Annual vaccination report of Bihar and Orissa - 1911-1928
Year: 1911
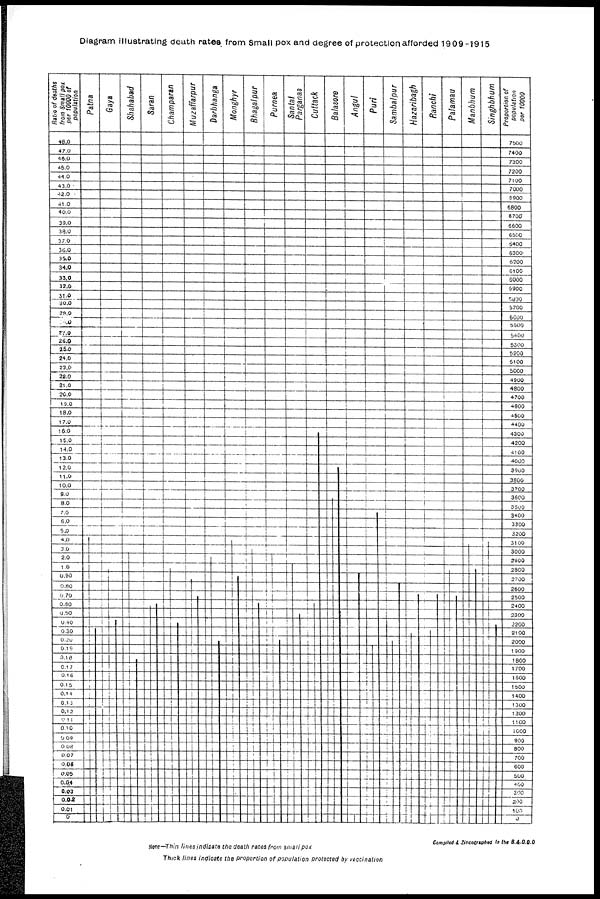
Diagram illustrating death rates from Small pox and degree of protection afforded 1909-1915
Compiled & Zincographed in the B.&.O.O.O
Note—Thin lines indicate the death rates from small pox
Thick lines indicate the proportion of population protected by vaccination